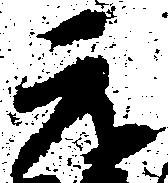
元